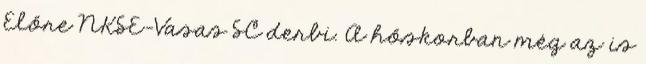
Előre NKSE–Vasas SC derbi. A hőskorban még az is